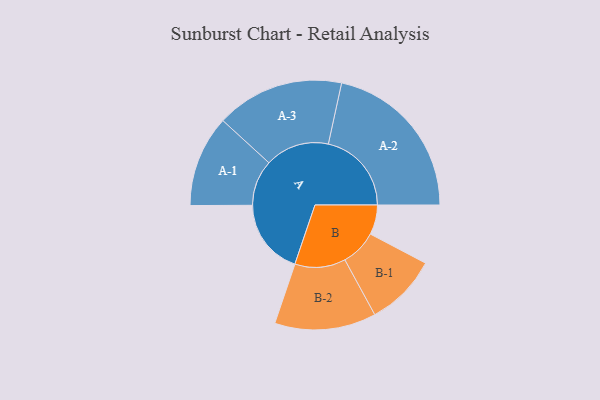
{"axis": {"x": "Segment", "y": "Value"}, "legend": ["", "A", "B"], "data": [{"x": "A", "y": 274, "type": ""}, {"x": "B", "y": 107, "type": ""}, {"x": "A-1", "y": 165, "type": "A"}, {"x": "A-2", "y": 300, "type": "A"}, {"x": "A-3", "y": 231, "type": "A"}, {"x": "B-1", "y": 130, "type": "B"}, {"x": "B-2", "y": 183, "type": "B"}]}